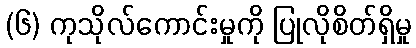
(၆) ကုသိုလ်ကောင်းမှုကို ပြုလိုစိတ်ရှိမှု